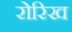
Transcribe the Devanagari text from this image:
रोरिख